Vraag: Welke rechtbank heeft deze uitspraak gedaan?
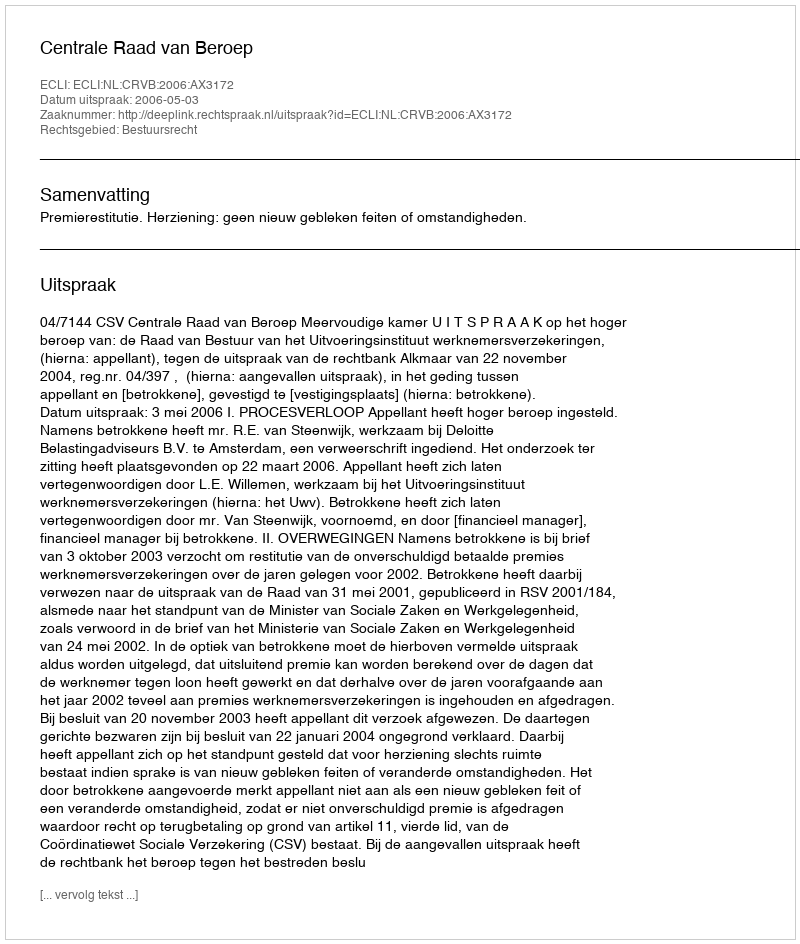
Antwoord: Centrale Raad van Beroep